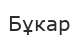
Бұкар